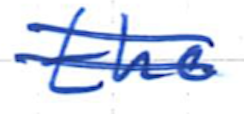
Text: the
Cross-out: double-line
Writing tool: ballpoint